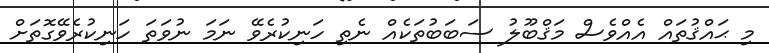
މި ޙައްޤުތައް އެއްވެސް މަޤްބޫލު ސަބަބުތަކެއް ނެތި ހަނިކުރެވޭ ނަމަ ނުވަތަ ހަނިކުރެވޭގޮތަށް